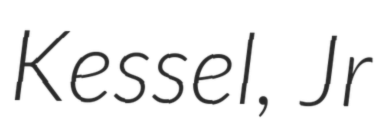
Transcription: Kessel, Jr